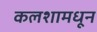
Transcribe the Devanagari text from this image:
कलशामधून